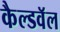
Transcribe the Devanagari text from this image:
कैल्डवॅल